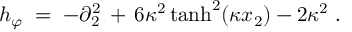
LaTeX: h _ { \varphi } \; = \; - \partial _ { 2 } ^ { 2 } \, + \, 6 \kappa ^ { 2 } \operatorname { t a n h } ^ { 2 } ( \kappa x _ { 2 } ) - 2 \kappa ^ { 2 } \; .